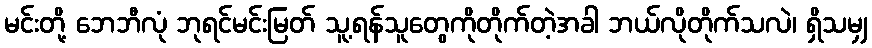
မင်းတို့ ဘေဘီလုံ ဘုရင်မင်းမြတ် သူ့ရန်သူတွေကိုတိုက်တဲ့အခါ ဘယ်လိုတိုက်သလဲ၊ ရှိသမျှ